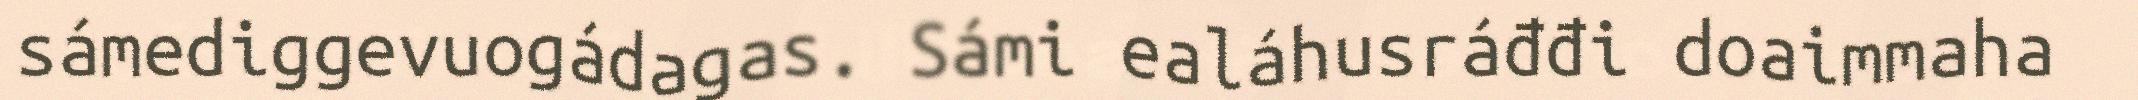
sámediggevuogádagas. Sámi ealáhusráđđi doaimmaha